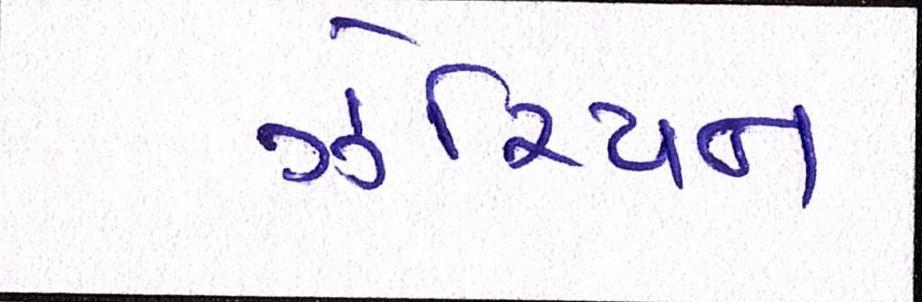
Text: ઝેરિયન